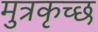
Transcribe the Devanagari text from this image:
मुत्रकृच्छ